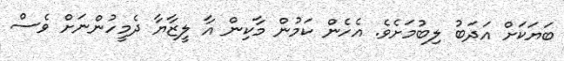
ބަޔަކަށް އަދަބު ލިބުމަށެވެ. އެހެން ކަމުން މާކިން އާ ލީޒާޔާ ދެމީހުންނަށް ވެސް